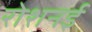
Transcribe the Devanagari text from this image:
रोशनई